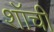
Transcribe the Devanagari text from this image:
शॉची